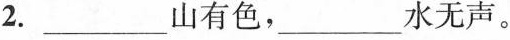
2.___山有色，___水无声。